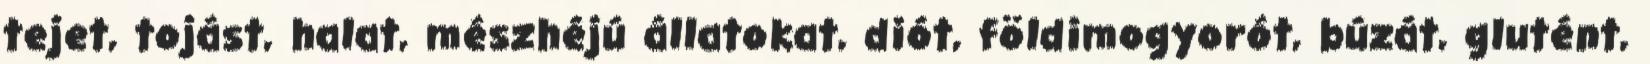
tejet, tojást, halat, mészhéjú állatokat, diót, földimogyorót, búzát, glutént,